Annual statistical returns and brief notes on vaccination in Bengal - 1909-1929
Year: 1909
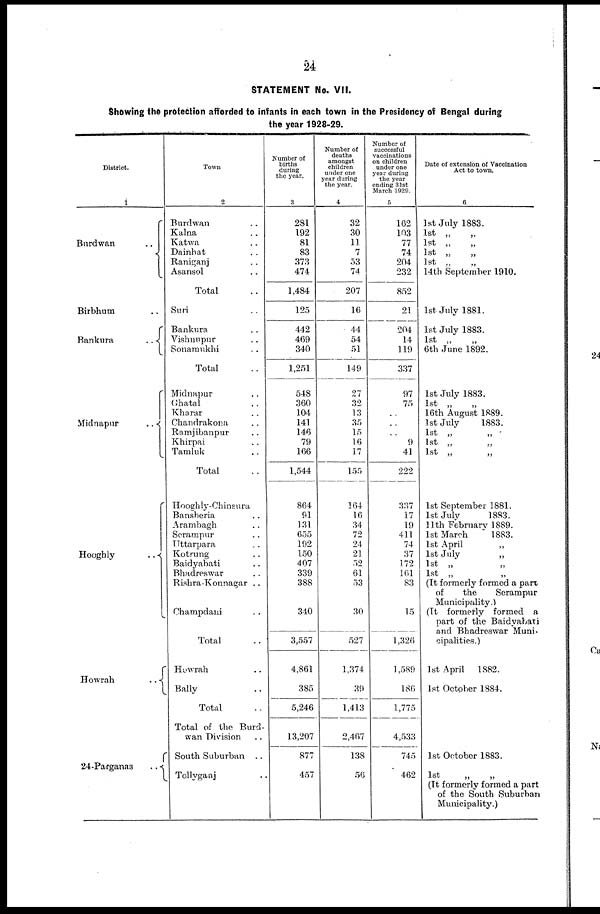
24
STATEMENT No. VII.
Showing the protection afforded to infants in each town in the Presidency of Bengal during
the year 1928-29.
District.
1
Burdwan ..
Birbhum ..
Bankura
..
Midnapur
..
Hooghly
..
Howrah
..
24-Parganas
..
Town
2
Burdwan ..
Kalna ..
Katwa ..
Daihhat ..
Raniganj ..
Asansol ..
Total ..
Suri ..
Bankura ..
Vishnupur ..
Sonamukhi ..
Total ..
Midnapur ..
Ghatal ..
Kharar ..
Chandrakona ..
Ramjibanpur ..
Khirpai ..
Tamluk ..
Total ..
Hooghly-Chinsura
Bansberia ..
Arambagh ..
Serampur ..
Uttarpara ..
Kotrung ..
Baidyabati ..
Bhadreswar ..
Rishra-Konnagar ..
Champdani ..
Total ..
Howrah ..
Bally ..
Total ..
Total of the Burd-
wan Division ..
South Suburban ..
Tollyganj ..
Number of
births
during
the year.
3
281
192
81
83
373
474
1,484
125
442
469
340
1,251
548
360
104
141
146
79
166
1,544
864
91
131
655
192
150
407
339
388
340
3,557
4,861
385
5,246
13,207
877
457
Number of
deaths
amongst
children
under one
year during
the year.
4
32
30
11
7
53
74
207
16
44
54
51
149
27
32
13
35
15
16
17
155
164
16
34
72
24
21
52
61
53
30
527
1,374
39
1,413
2,467
138
56
Number of
successful
vaccinations
on children
under one
year during
the year
ending 31st
March 1929.
5
162
103
77
74
204
232
852
21
204
14
119
337
97
75
..
..
..
9
41
222
337
17
19
411
74
37
172
161
83
15
1,326
1,589
186
1,775
4,533
745
462
Date of extension of Vaccination
Act to town.
6
1st July 1883.
1st „
„
1st „
„
1st „
„
1st „ „
14th September 1910.
1st July 1881.
1st July 1883.
1st „ „
6th June 1892.
1st July 1883.
1st „ „
16th August 1889.
1st July
1883.
1st „
„
1st „ „
1st „ „
1st September 1881.
1st July
1883.
11th February 1889.
1st March
1883.
1st April
„ „
1st July
„ „
1st „
„
1st „ „
(It formerly formed a part
of
the
Serampur
Municipality.)
(It formerly formed a
part of the Baidyabati
and Bhadreswar Muni-
cipalities.)
1st April 1882.
1st October 1884.
1st October 1883.
1st
„
„
(It formerly formed a part
of the South Suburban
Municipality.)